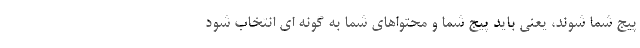
پیج شما شوند، یعنی باید پیج شما و محتواهای شما به گونه ای انتخاب شود